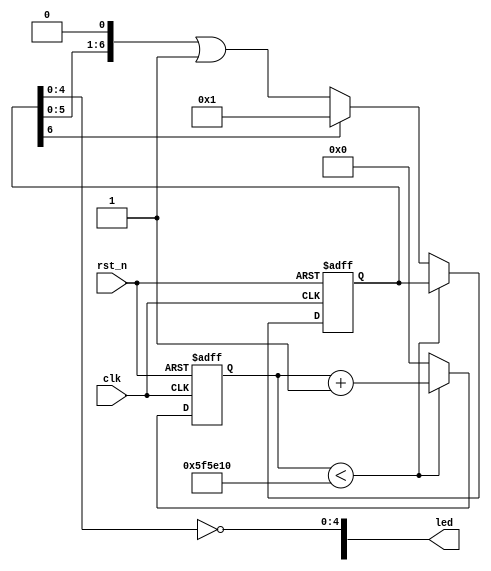
module led (
    input           clk,
    input           rst_n,
    output [5:0]    led
);

// generate 1ms time count.
reg [32:0] time_cnt;
reg [6:0] led_reg;
always @(posedge clk or negedge rst_n) begin
    if(!rst_n) begin
        time_cnt <= 'd0;
        led_reg <= 'd0;
    end
    else if(time_cnt < 50000000 / 8) begin
        time_cnt <= time_cnt + 'b1;
    end else begin
        time_cnt <= 'd0;
        if(led_reg[6]) begin
            led_reg[6:0] <= 'd1;
        end else begin
            led_reg <= (led_reg << 1) | 'b1 ;            
        end
    end
end

assign led[4:0] = ~led_reg[4:0];

endmodule